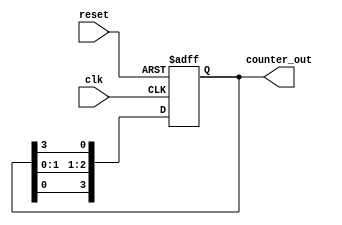
module ring_counter #(
    parameter N = 4  // Number of stages (flip-flops) in the ring counter
)(
    input wire clk,    // Clock input
    input wire reset,  // Asynchronous reset input
    output reg [N-1:0] counter_out // Output of the ring counter
);

// Internal signal to hold the next state
reg [N-1:0] next_state;

// Always block for synchronous state transition
always @(posedge clk or posedge reset) begin
    if (reset) begin
        // Initialize the counter on reset
        counter_out <= 1'b1 << (N-1); // Set the first flip-flop to '1'
    end else begin
        // Update the counter to the next state
        counter_out <= next_state;
    end
end

// Always block for determining the next state
always @(*) begin
    // Circular shifting of the '1' in the counter
    next_state = {counter_out[N-2:0], counter_out[N-1]}; // Shift left
    next_state[N-1] = counter_out[0]; // Wrap around 
end

endmodule